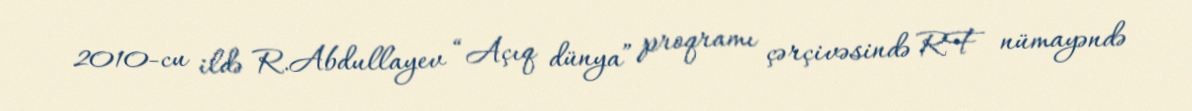
2010-cu ildə R.Abdullayev “Açıq dünya” proqramı çərçivəsində RF nümayəndə